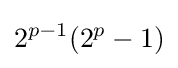
2^{p-1}(2^{p}-1)